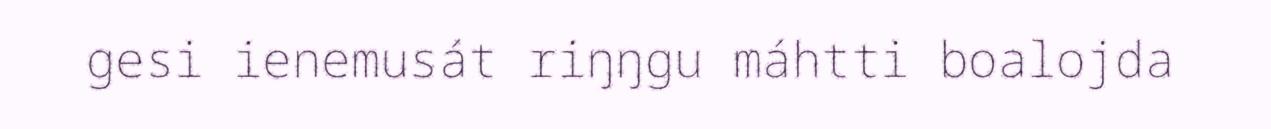
gesi ienemusát riŋŋgu máhtti boalojda